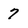
Character: 7